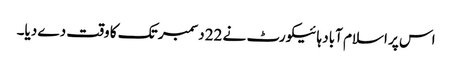
اس پر اسلام آباد ہائیکورٹ نے 22 دسمبر تک کا وقت دے دیا۔